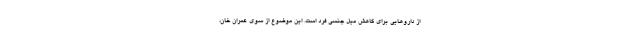
از داروهایی برای کاهش میل جنسی فرد است. این موضوع از سوی عمران خان،